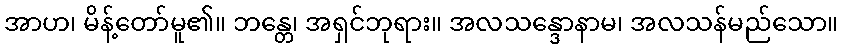
အာဟ၊ မိန့်တော်မူ၏။ ဘန္တေ၊ အရှင်ဘုရား။ အလသန္ဒောနာမ၊ အလသန်မည်သော။